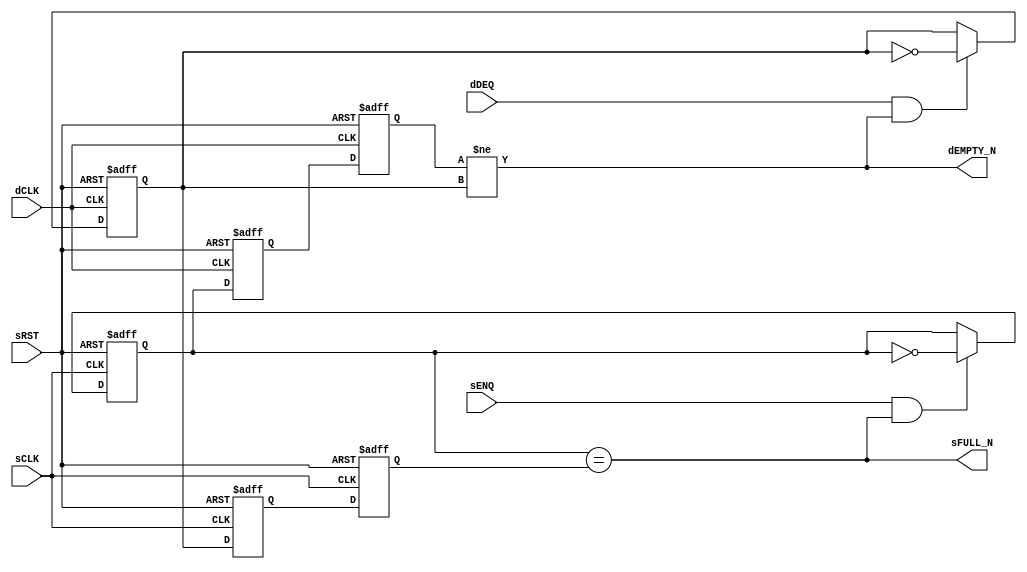

// Copyright (c) 2000-2016 Bluespec, Inc.

// Permission is hereby granted, free of charge, to any person obtaining a copy
// of this software and associated documentation files (the "Software"), to deal
// in the Software without restriction, including without limitation the rights
// to use, copy, modify, merge, publish, distribute, sublicense, and/or sell
// copies of the Software, and to permit persons to whom the Software is
// furnished to do so, subject to the following conditions:

// The above copyright notice and this permission notice shall be included in
// all copies or substantial portions of the Software.

// THE SOFTWARE IS PROVIDED "AS IS", WITHOUT WARRANTY OF ANY KIND, EXPRESS OR
// IMPLIED, INCLUDING BUT NOT LIMITED TO THE WARRANTIES OF MERCHANTABILITY,
// FITNESS FOR A PARTICULAR PURPOSE AND NONINFRINGEMENT. IN NO EVENT SHALL THE
// AUTHORS OR COPYRIGHT HOLDERS BE LIABLE FOR ANY CLAIM, DAMAGES OR OTHER
// LIABILITY, WHETHER IN AN ACTION OF CONTRACT, TORT OR OTHERWISE, ARISING FROM,
// OUT OF OR IN CONNECTION WITH THE SOFTWARE OR THE USE OR OTHER DEALINGS IN
// THE SOFTWARE.
//
// $Revision$
// $Date$

`ifdef BSV_ASSIGNMENT_DELAY
`else
  `define BSV_ASSIGNMENT_DELAY
`endif

`ifdef BSV_POSITIVE_RESET
  `define BSV_RESET_VALUE 1'b1
  `define BSV_RESET_EDGE posedge
`else
  `define BSV_RESET_VALUE 1'b0
  `define BSV_RESET_EDGE negedge
`endif


// A version of SyncFIFO1 for zero-width data
//
// A clock synchronization FIFO where the enqueue and dequeue sides are in
// different clock domains.
// The depth of the FIFO is strictly 1 element.   Implementation uses only
// 1 register to minimize hardware
// There are no restrictions w.r.t. clock frequencies
// FULL and EMPTY signal are pessimistic, that is, they are asserted
// immediately when the FIFO becomes FULL or EMPTY, but their deassertion
// is delayed due to synchronization latency.
module SyncFIFO10(
                 sCLK,
                 sRST,
                 dCLK,
                 sENQ,
                 sFULL_N,
                 dDEQ,
                 dEMPTY_N
                 ) ;

   // input clock domain ports
   input                     sCLK ;
   input                     sRST ;
   input                     sENQ ;
   output                    sFULL_N ;

   // destination clock domain ports
   input                     dCLK ;
   input                     dDEQ ;
   output                    dEMPTY_N ;

   // Reset generation
   wire                      dRST = sRST;

   // sCLK registers
   reg                       sEnqToggle,  sDeqToggle, sSyncReg1;
   // dCLK registers
   reg                       dEnqToggle,  dDeqToggle, dSyncReg1;

   // output assignment
   assign dEMPTY_N = dEnqToggle != dDeqToggle;
   assign sFULL_N  = sEnqToggle == sDeqToggle;

   always @(posedge sCLK or `BSV_RESET_EDGE sRST) begin
      if (sRST == `BSV_RESET_VALUE) begin
         sEnqToggle    <= `BSV_ASSIGNMENT_DELAY  1'b0;
         sSyncReg1     <= `BSV_ASSIGNMENT_DELAY  1'b0;
         sDeqToggle    <= `BSV_ASSIGNMENT_DELAY  1'b1; // FIFO marked as full during reset
      end
      else begin
         if (sENQ && (sEnqToggle == sDeqToggle)) begin
            sEnqToggle    <= `BSV_ASSIGNMENT_DELAY ! sEnqToggle;
         end
         sSyncReg1  <= `BSV_ASSIGNMENT_DELAY dDeqToggle; // clock domain crossing
         sDeqToggle <= `BSV_ASSIGNMENT_DELAY sSyncReg1;
      end
   end

   always @(posedge dCLK or `BSV_RESET_EDGE dRST) begin
      if (dRST == `BSV_RESET_VALUE) begin
         dEnqToggle    <= `BSV_ASSIGNMENT_DELAY  1'b0;
         dSyncReg1     <= `BSV_ASSIGNMENT_DELAY  1'b0;
         dDeqToggle    <= `BSV_ASSIGNMENT_DELAY  1'b0;
      end
      else begin
         if (dDEQ && (dEnqToggle != dDeqToggle)) begin
            dDeqToggle    <= `BSV_ASSIGNMENT_DELAY ! dDeqToggle;
         end
         dSyncReg1  <= `BSV_ASSIGNMENT_DELAY sEnqToggle; // clock domain crossing
         dEnqToggle <= `BSV_ASSIGNMENT_DELAY dSyncReg1;
      end
   end

`ifdef BSV_NO_INITIAL_BLOCKS
`else // not BSV_NO_INITIAL_BLOCKS
   // synopsys translate_off
   initial begin : initBlock
      sEnqToggle = 1'b0;
      sDeqToggle = 1'b0;
      sSyncReg1 = 1'b0;

      dEnqToggle = 1'b0;
      dDeqToggle = 1'b0;
      dSyncReg1 = 1'b0;
   end
   // synopsys translate_on
`endif // !`ifdef BSV_NO_INITIAL_BLOCKS

   // synopsys translate_off
   always@(posedge sCLK)
     begin: error_checks1
        reg enqerror ;
        enqerror = 0;
        if (sRST == ! `BSV_RESET_VALUE)
          begin
             if ( sENQ && (sEnqToggle != sDeqToggle)) begin
                enqerror = 1;
                $display( "Warning: SyncFIFO1: %m -- Enqueuing to a full fifo" ) ;
             end
          end
     end

   always@(posedge dCLK)
     begin: error_checks2
        reg deqerror ;
        deqerror = 0;
        if (dRST == ! `BSV_RESET_VALUE)
          begin
             if ( dDEQ && (dEnqToggle == dDeqToggle)) begin
                deqerror = 1;
                $display( "Warning: SyncFIFO1: %m -- Dequeuing from an empty full fifo" ) ;
             end
          end
     end // block: error_checks
   // synopsys translate_on

endmodule